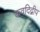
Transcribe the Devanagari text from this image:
कवदिद्वीप